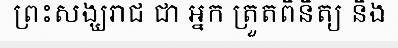
ព្រះសង្ឃរាជ ជា អ្នក ត្រួតពិនិត្យ និង